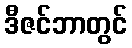
ဒီဇင်ဘာတွင်